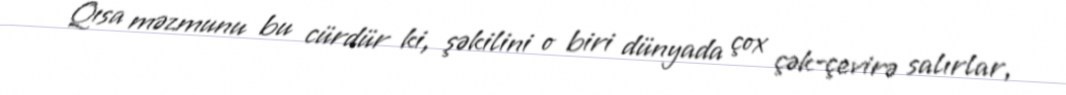
Qısa məzmunu bu cürdür ki, şəkilini o biri dünyada çox çək-çevirə salırlar,